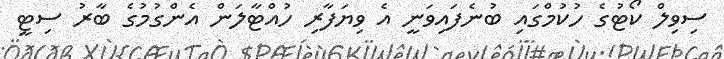
ސިވިލް ކޯޓުގެ ހުކުމްގައި ބުނެފައިވަނީ އެ ވިޔަފާރި ހުއްޓާލަން އެންގުމުގެ ބާރު ސިޓީ